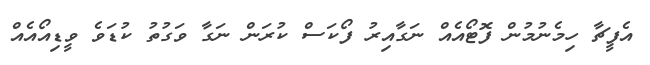
އެފީޗާ ހިމެނުމުން ފޮޓޯއެއް ނަގާއިރު ފޯކަސް ކުރަން ނަގާ ވަގުތު ކުޑަވެ ވީޑިއޯއެއް